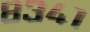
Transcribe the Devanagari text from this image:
८३४१